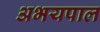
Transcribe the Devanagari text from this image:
अभयपाल